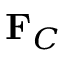
\mathbf { F } _ { C }